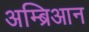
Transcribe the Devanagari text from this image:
अम्ब्रिआन